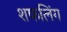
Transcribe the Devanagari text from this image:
शफलिंग